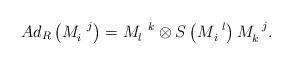
LaTeX: \begin{align*}Ad_{R}\left( M_{i}^{\,\,\,\,j}\right) =M_{l}^{\,\,\,\,k}\otimes S\left(M_{\,i}^{\,\,\,\,l}\right) M_{k}^{\,\,\,\,j}.\end{align*}